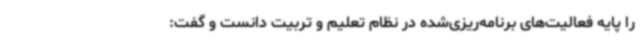
را پایه فعالیت‌های برنامه‌ریزی‌شده در نظام تعلیم و تربیت دانست و گفت: